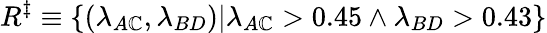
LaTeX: R^{\ddagger}\equiv\{ (\lambda_{A\mathbb{C}},\lambda_{BD})|{\lambda_{A\mathbb{C}}>0.45\wedge\lambda_{BD}>0.43}\}